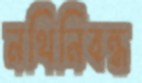
নথিনিবন্ধ